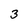
Character: 3